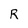
Character: R